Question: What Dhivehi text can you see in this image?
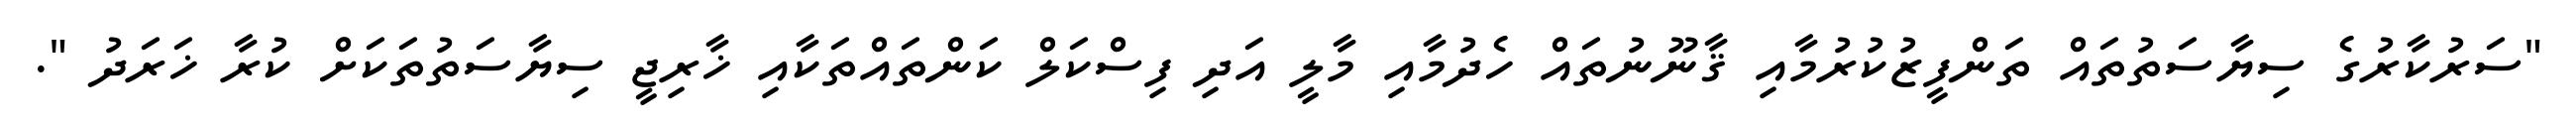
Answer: "ސަރުކާރުގެ ސިޔާސަތުތައް ތަންފީޒުކުރުމާއި ޤާނޫނުތައް ހެދުމާއި މާލީ އަދި ފިސްކަލް ކަންތައްތަކާއި ޚާރިޖީ ސިޔާސަތުތަކަށް ކުރާ ޚަރަދު ".